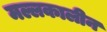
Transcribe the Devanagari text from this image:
मल्लकालीन